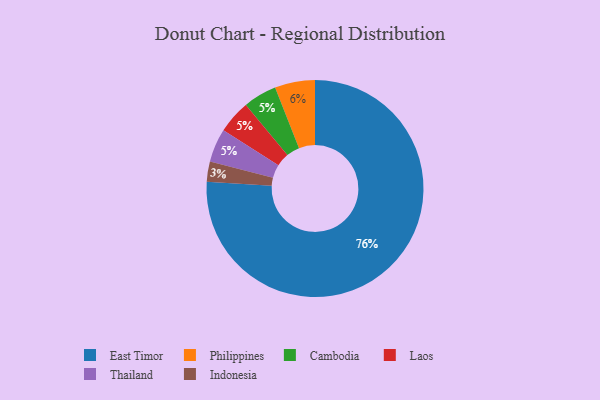
{"axis": {"x": "Category", "y": "Percentage"}, "legend": ["Cambodia", "East Timor", "Indonesia", "Laos", "Philippines", "Thailand"], "data": [{"x": "Cambodia", "y": 5, "type": "Cambodia"}, {"x": "Philippines", "y": 6, "type": "Philippines"}, {"x": "Indonesia", "y": 3, "type": "Indonesia"}, {"x": "Laos", "y": 5, "type": "Laos"}, {"x": "Thailand", "y": 5, "type": "Thailand"}, {"x": "East Timor", "y": 76, "type": "East Timor"}]}